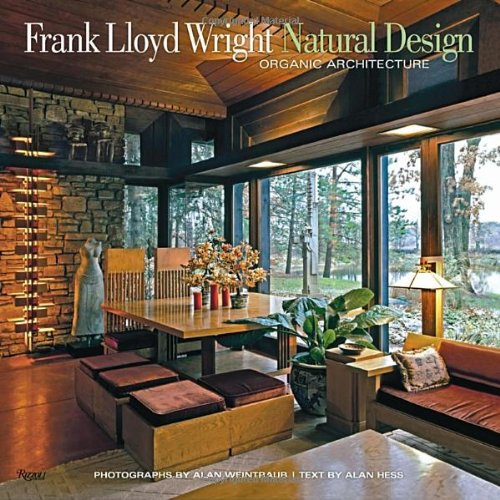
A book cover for Frank Lloyd Wright: Natural Design, Organic Architecture: Lessons for Building Green from an American Original; Alan Hess; Arts & Photography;